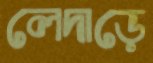
লেদাড়ে